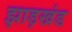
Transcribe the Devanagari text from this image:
झाड़खंड